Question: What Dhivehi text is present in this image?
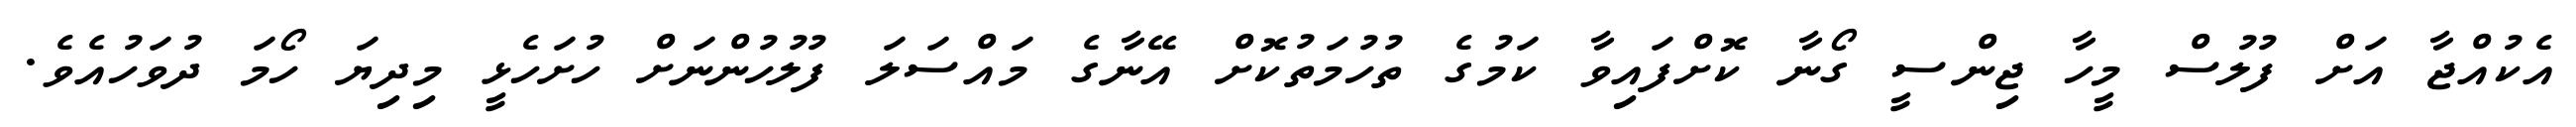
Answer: އެކުއްޖާ އަށް ފުލުސް މީހާ ޖިންސީ ގޯނާ ކޮށްފައިވާ ކަމުގެ ތުހުމަތުކޮށް އޭނާގެ މައްސަލަ ފުލުހުންނަށް ހުށަހެޅީ މިދިޔަ ހޯމަ ދުވަހުއެވެ.